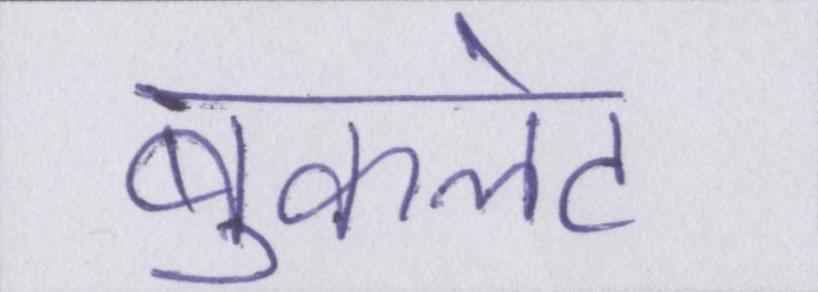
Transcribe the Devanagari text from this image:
बुकलेट